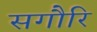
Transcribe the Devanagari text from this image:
सगौरि